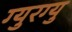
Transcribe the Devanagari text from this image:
ग्युरग्यु